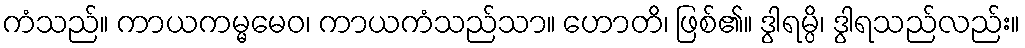
ကံသည်။ ကာယကမ္မမေဝ၊ ကာယကံသည်သာ။ ဟောတိ၊ ဖြစ်၏။ ဒွါရမ္ပိ၊ ဒွါရသည်လည်း။